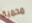
محمية